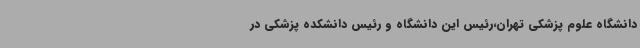
دانشگاه علوم پزشکی تهران،رئیس این دانشگاه و رئیس دانشکده پزشکی در